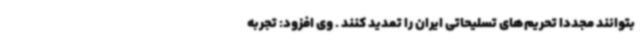
بتوانند مجددا تحریم‌های تسلیحاتی ایران را تمدید کنند . وی افزود: تجربه